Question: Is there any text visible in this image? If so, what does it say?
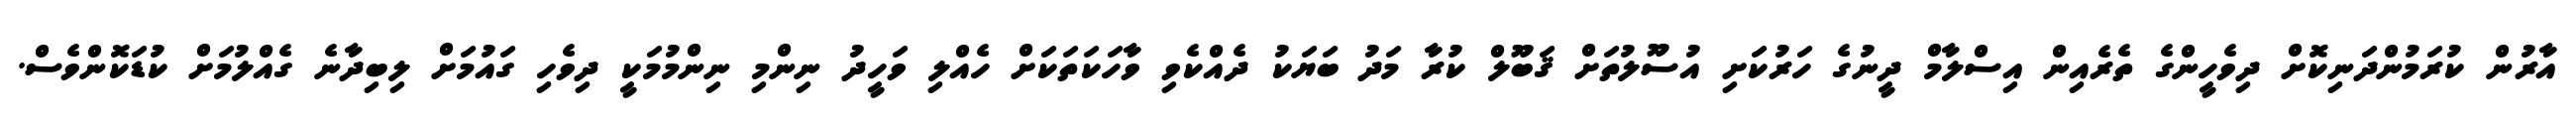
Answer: އާރުން ކުރަމުންދަނިކޮށް ދިވެހީންގެ ތެރެއިން އިސްލާމް ދީނުގެ ހަރުކަށި އުސޫލުތަށް ޤަބޫލް ކުރާ މަދު ބަޔަކު ދެއްކެވި ވާހަކަތަކަށް ހެއްލި ވަހީދު ނިންމި ނިންމުމަކީ ދިވެހި ގައުމަށް ލިބިދާނެ ގެއްލުމަށް ކުޑަކޮންވެސް.